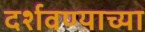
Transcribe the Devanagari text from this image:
दर्शवण्याच्या